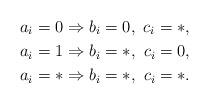
LaTeX: \begin{align*}a_i=0 &\Rightarrow b_i=0, \,\,c_i=*,\\a_i=1 &\Rightarrow b_i=*, \,\,c_i=0,\\a_i=* &\Rightarrow b_i=*, \,\,c_i=*.\end{align*}